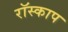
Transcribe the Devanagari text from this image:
रॉस्काप